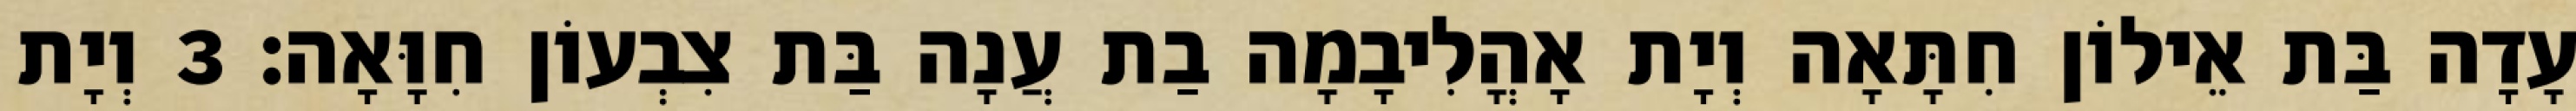
עָדָה בַּת אֵילוֹן חִתָּאָה וְיָת אָהֳלִיבָמָה בַת עֲנָה בַּת צִבְעוֹן חִוָּאָה׃ 3 וְיָת